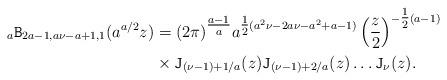
LaTeX: \begin{align*}{}_a \mathtt{B}_{2a-1, a\nu-a+1, 1}(a^{{a}/{2}} z)&=(2 \pi)^{\tfrac{a-1}{a}}a^{\tfrac{1}{2}(a^2\nu-2a\nu-a^2+a-1)}\left(\frac{z}{2}\right)^{-\tfrac{1}{2}(a-1)}\\& \times \mathtt{J}_{(\nu-1)+1/a}(z) \mathtt{J}_{(\nu-1)+2/a}(z) \ldots \mathtt{J}_{\nu}(z).\end{align*}